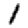
Digit: 1